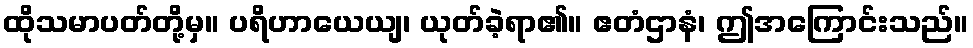
ထိုသမာပတ်တို့မှ။ ပရိဟာယေယျ၊ ယုတ်ခဲ့ရာ၏။ ဧတံဌာနံ၊ ဤအကြောင်းသည်။